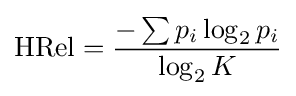
\operatorname {HRel} ={\frac {-\sum p_{i}\log _{2}p_{i}}{\log _{2}K}}